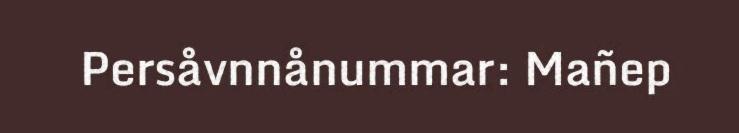
Persåvnnånummar: Mañep